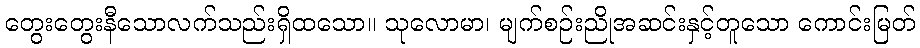
တွေးတွေးနီသောလက်သည်းရှိထသော။ သုလောမာ၊ မျက်စဉ်းညိုအဆင်းနှင့်တူသော ကောင်းမြတ်